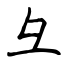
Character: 彑